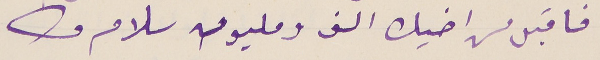
فاقبل من اخيك الف ومليون سلام